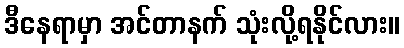
ဒီနေရာမှာ အင်တာနက် သုံးလို့ရနိုင်လား။